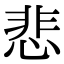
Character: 悲